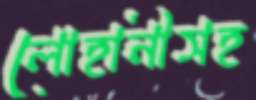
লোহানীসহ